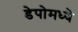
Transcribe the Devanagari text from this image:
डेपोमध्ये